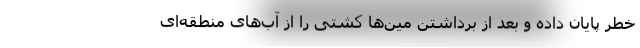
خطر پایان داده و بعد از برداشتن مین‌ها کشتی را از آب‌های منطقه‌ای